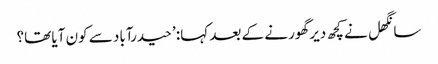
سانگھل نے کچھ دیر گھورنے کے بعد کہا: ’حیدرآباد سے کون آیا تھا؟